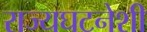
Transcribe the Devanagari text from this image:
राज्यघटनेशी